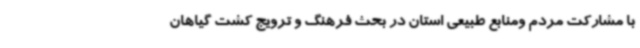
با مشارکت مردم ومنابع طبیعی استان در بحث فرهنگ و ترویج کشت گیاهان